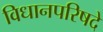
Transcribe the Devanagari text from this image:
विधानपरिषदे